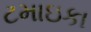
ટમાઇકા